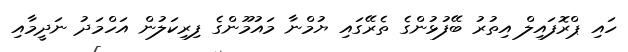
ހައި ޕްރޮފައިލް އިތުރު ބޭފުޅުންގެ ތެރޭގައި ޔުމްނާ މައުމޫންގެ ފިރިކަލުން އަހްމަދު ނަދީމާއި